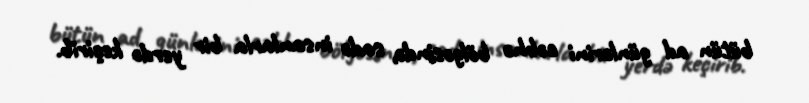
bütün ad günlərini cəbhə bölgəsində, sadə insanlarla bir yerdə keçirib.